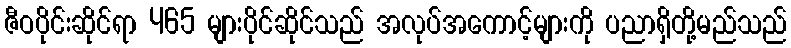
ဇီဝပိုင်းဆိုင်ရာ 465 များပိုင်ဆိုင်သည် အလုပ်အကောင့်များကို ပညာရှိတို့မည်သည်